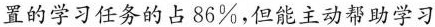
置的学习任务的占86\%，但能主动帮助学习